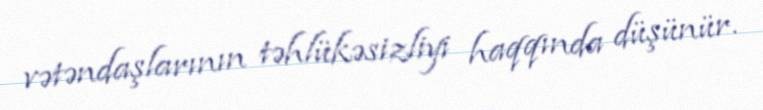
vətəndaşlarının təhlükəsizliyi haqqında düşünür.